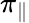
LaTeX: \pi_{\| }